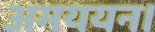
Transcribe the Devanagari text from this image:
अमययन।